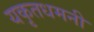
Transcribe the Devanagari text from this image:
यकृतधमनी